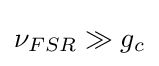
\nu _{FSR}\gg g_{c}